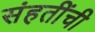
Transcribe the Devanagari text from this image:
संहतींची